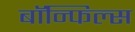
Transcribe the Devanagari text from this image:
बाॅन्फिल्स